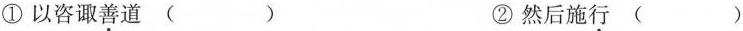
①以咨诹善道( ) ②然后施行( )